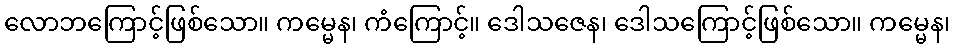
လောဘကြောင့်ဖြစ်သော။ ကမ္မေန၊ ကံကြောင့်။ ဒေါသဇေန၊ ဒေါသကြောင့်ဖြစ်သော။ ကမ္မေန၊